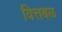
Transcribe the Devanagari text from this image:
वित्तबळ